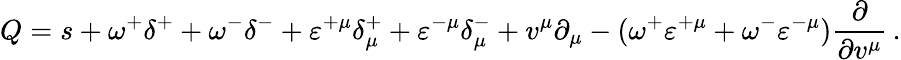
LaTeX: Q=s+\omega^{+}\delta^{+}+\omega^{-}\delta^{-}+\varepsilon^{+\mu}\delta_{\mu}^{+}+\varepsilon^{-\mu}\delta_{\mu}^{-}+v^{\mu}\partial_{\mu}-(\omega^{+}\varepsilon^{+\mu}+\omega^{-}\varepsilon^{-\mu})\frac\partial{\partial v^{\mu}}\, .